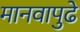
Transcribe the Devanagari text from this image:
मानवापुढे